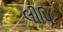
લીપિ